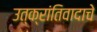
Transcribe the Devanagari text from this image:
उत्क्रांतिवादाचे